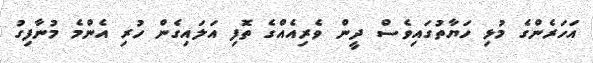
އަހަރެންގެ މުޅި ހަޔާތުގައިވެސް ދީން ވެރިއެއްގެ ތޮފި އަލައިގެން ހުރި އެންމެ މުނާފިގު